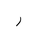
Letter: _ra